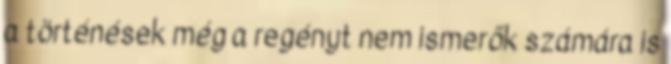
a történések még a regényt nem ismerők számára is